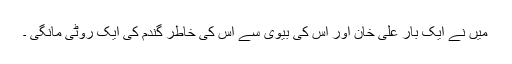
میں نے ایک بار علی خان اور اس کی بیوی سے اس کی خاطر گندم کی ایک روٹی مانگی ۔